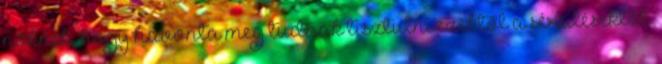
nőknek, hogy havonta meg tudnak tisztulni ezektől a sérülésektől.